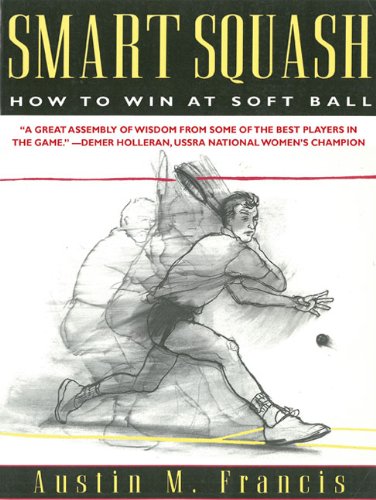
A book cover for Smart Squash: How to Win at Soft Ball; Austin M. Francis; Sports & Outdoors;